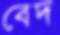
বেদ